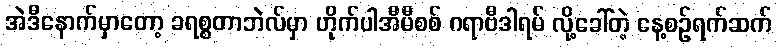
အဲဒီနောက်မှာတော့ ခရစ္စတာဘဲလ်မှာ ဟိုက်ပါအီမီစစ် ဂရာဗီဒါရမ် လို့ခေါ်တဲ့ နေ့စဉ်ရက်ဆက်